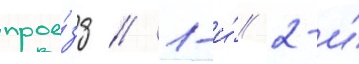
прое́зд // 1-и́/ 2-и́